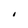
Character: I